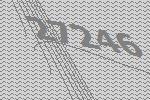
27246